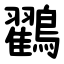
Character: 鸐